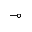
\multimap